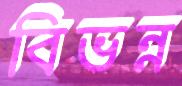
বিভন্ন